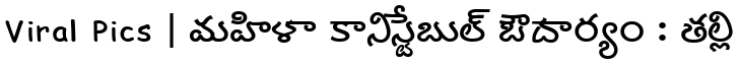
Viral Pics | మహిళా కానిస్టేబుల్ ఔదార్యం : తల్లి